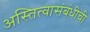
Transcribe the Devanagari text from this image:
अस्तित्वासंबंधीची